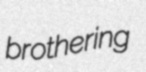
brothering